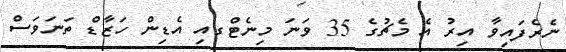
ނެރެފައިވާ އިރު އެ މެޗުގެ 35 ވަނަ މިނެޓްގއި އެޑިން ހަޒާޑް ތަނަވަސް